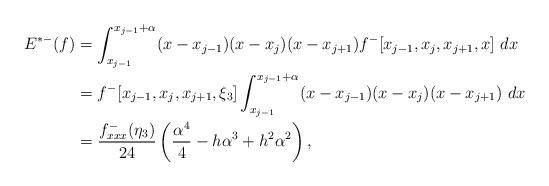
LaTeX: \begin{align*}\begin{aligned}E^{*-}(f)&=\int_{x_{j-1}}^{x_{j-1}+\alpha} (x-x_{j-1})(x-x_{j})(x-x_{j+1})f^-[x_{j-1}, x_{j}, x_{j+1},x]\ dx\\&=f^-[x_{j-1}, x_{j}, x_{j+1},\xi_3]\int_{x_{j-1}}^{x_{j-1}+\alpha} (x-x_{j-1})(x-x_{j})(x-x_{j+1})\ dx\\&=\frac{f^-_{xxx}(\eta_3) }{24}\left(\frac{\alpha^{4}}{4}-h{\alpha}^{3}+{h}^{2}{\alpha}^{2}\right),\end{aligned}\end{align*}